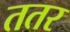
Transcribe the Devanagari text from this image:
ततर